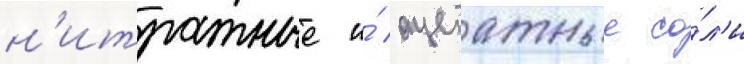
н'итратные и́ ацетатные со́л'и